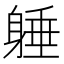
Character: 𨉡